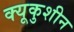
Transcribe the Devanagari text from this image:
क्यूकुशीन